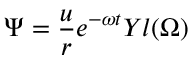
\Psi = \frac { u } { r } e ^ { - \omega t } Y { l } ( \Omega )